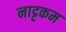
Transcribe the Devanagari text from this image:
नाट्टकम